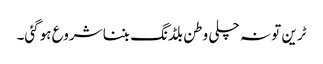
ٹرین تو نہ چلی وطن بلڈنگ بننا شروع ہوگئی۔